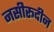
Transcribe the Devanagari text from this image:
नसीरूदीन